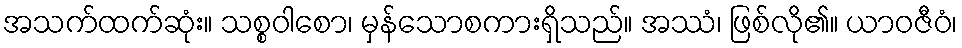
အသက်ထက်ဆုံး။ သစ္စဝါစော၊ မှန်သောစကားရှိသည်။ အဿံ၊ ဖြစ်လို၏။ ယာဝဇီဝံ၊